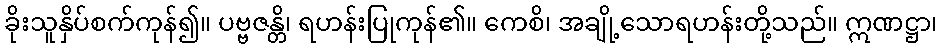
ခိုးသူနှိပ်စက်ကုန်၍။ ပဗ္ဗဇန္တိ၊ ရဟန်းပြုကုန်၏။ ကေစိ၊ အချို့သောရဟန်းတို့သည်။ ဣဏဋ္ဌာ၊